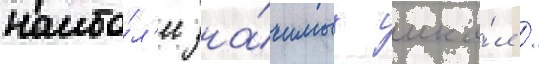
наибо́л'ее зна́чимых шко́л /